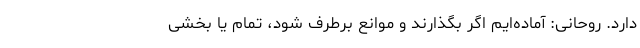
دارد. روحانی: آماده‌ایم اگر بگذارند و موانع برطرف شود، تمام یا بخشی